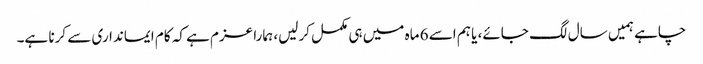
چاہے ہمیں سال لگ جائے، یا ہم اسے 6 ماہ میں ہی مکمل کرلیں، ہمارا عزم ہے کہ کام ایمانداری سے کرنا ہے۔